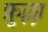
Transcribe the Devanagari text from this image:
फ्रुल्ला